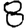
Digit: 8